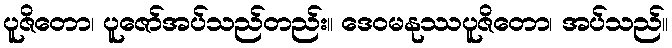
ပူဇိတော၊ ပူဇော်အပ်သည်တည်း။ ဒေဝမနုဿပူဇိတော၊ အပ်သည်။